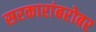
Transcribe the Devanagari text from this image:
सरकारांबरोबर